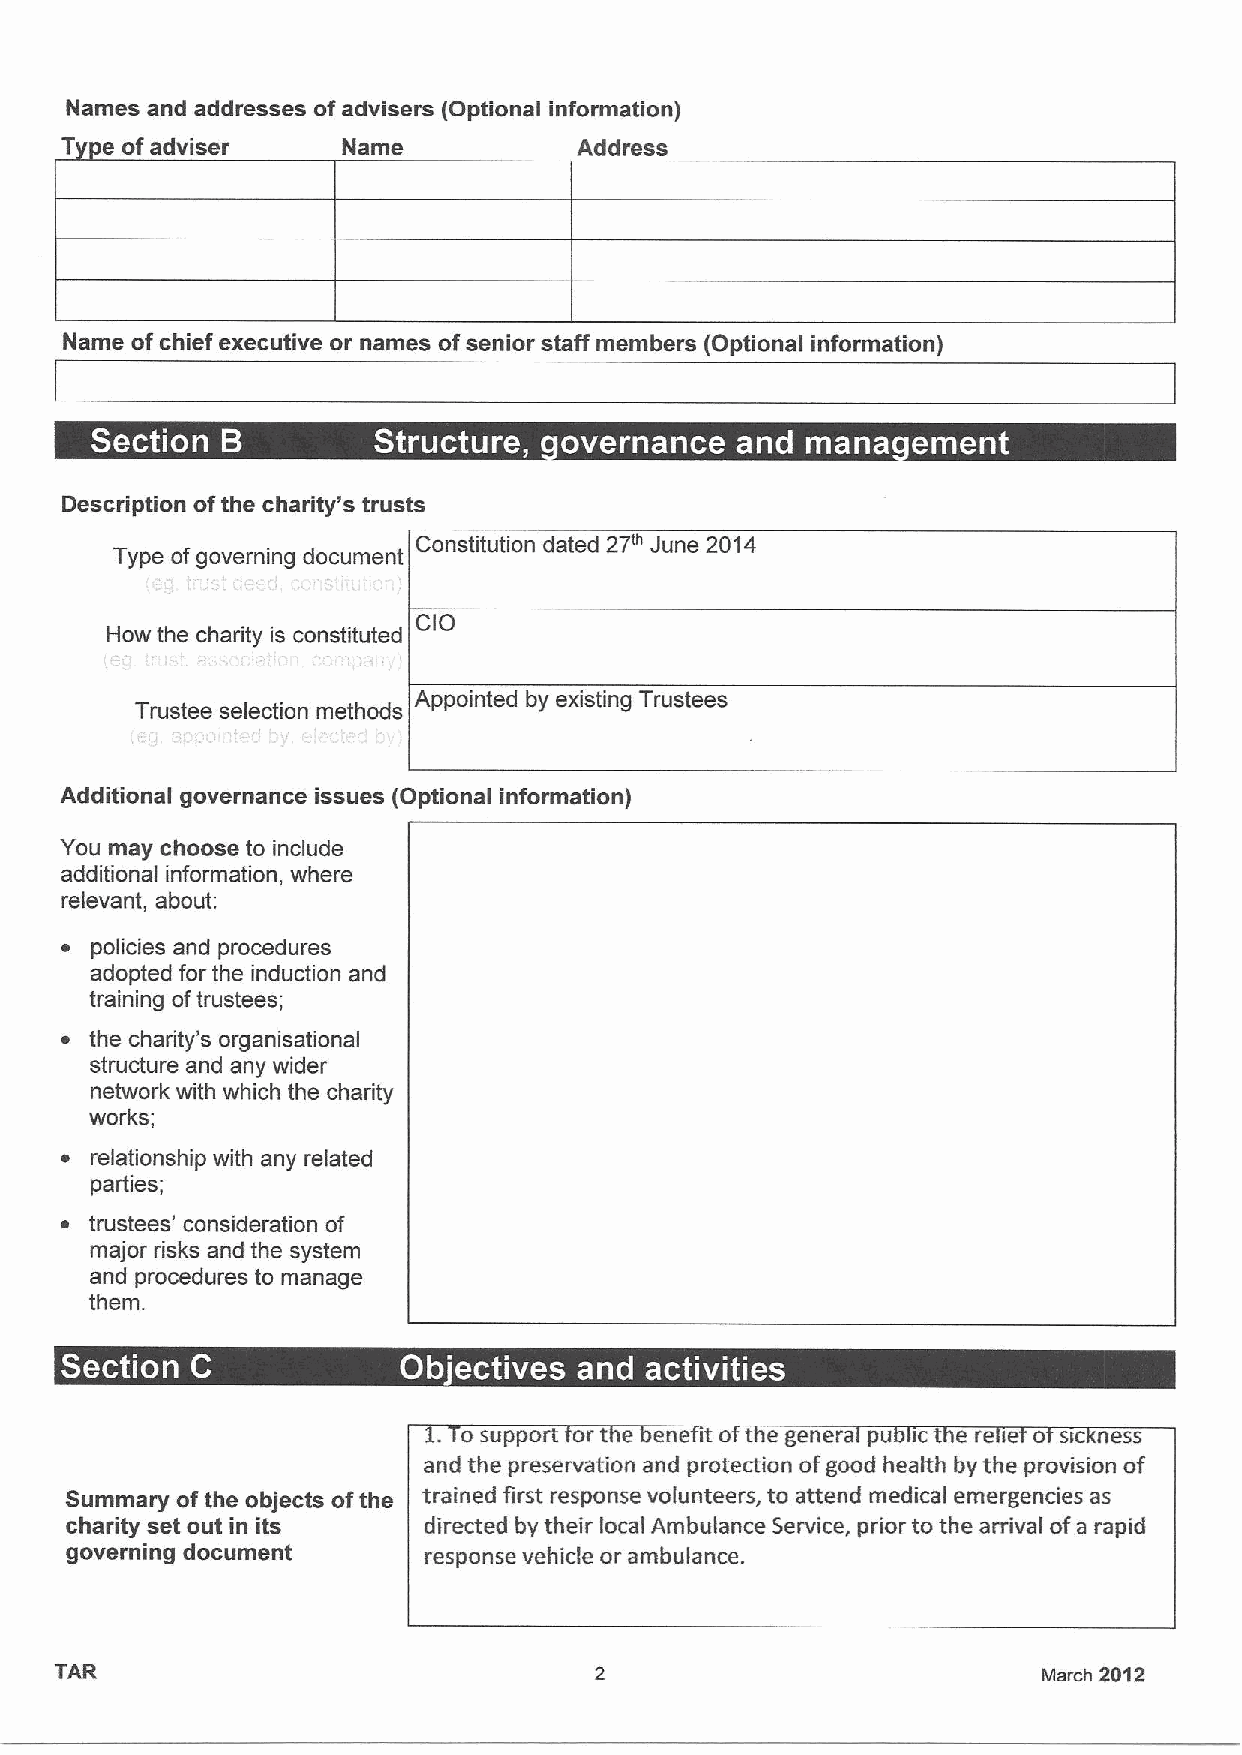
Names and addresses ofadvisers (Optional information)
 T  e ofadviser     Name           Address
 Name of chief executive or names ofsenior staff members (Optional information)
 ~  e                    ~ ~
 Description ofthe charity's trusts
 Constitution dated 27" June 2014
 T  e of overnin document
 How the charity is constituted
 Appointed by existing Trustees
 Trustee selection methods
 Additional governance issues (Optional information)
 You may choose to include
 additional information, where
 relevant, about:
 ~ policies and procedures
 adopted for the induction and
 training oftrustees;
 ~ the charity's organisational
 structure and any wider
 network with which the charity
 works;
 ~ relationship with any related
 parties;
 ~ trustees' consideration of
 major risks and the system
 and procedures to manage
 them.
 ~
 ~
 1.Tosupport ort e ene ito t egenera pu ict ereie o sic ness
 and the preservation and protection ofgood health by the provision of
 Summary ofthe objects ofthe trained first response volunteers, to attend medical emergencies as
 charity set out in its  directed by their local Ambulance Service, prior to the arrival ofa rapid
 governing document      response vehide or ambulance.
 TAR                                                              March 2012